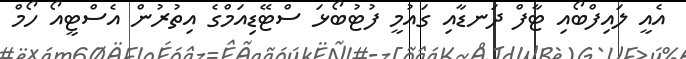
އެއީ ލައިފްބޯއި ޓާފް ދަނޑާއި ގައުމީ ފުޓުބޯޅަ ސްޓޭޑިއަމްގެ އިތުރުން އެސްޓީއޯ ހޯމް